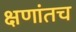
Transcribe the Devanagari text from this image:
क्षणांतच